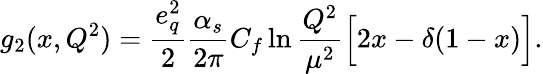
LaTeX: g_{2}(x,Q^{2})={\frac{e_{q}^{2}}{2}}{\frac{\alpha_{s}}{2\pi}}C_{f}\ln{\frac{Q^{2}}{\mu^{2}}}\Big[2x-\delta(1-x)\Big].